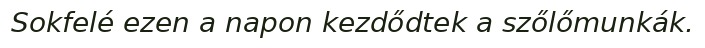
Sokfelé ezen a napon kezdődtek a szőlőmunkák.